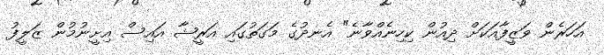
އަހަރެން ވަޒީފާއަކަށް ދިއުން ކިހިނެއްވާނެ" އެނދުގެ މަގަތުގައި އަރީޝާ އައިސް އިށީނުމުން ޒަލީފު